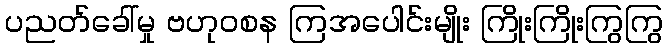
ပညတ်ခေါ်မှု ဗဟုဝစန ကြအပေါင်းမျိုး ကြိုးကြိုးကြွကြွ